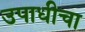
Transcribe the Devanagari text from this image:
उपाधीचा